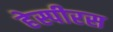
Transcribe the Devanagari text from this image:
हेस्पीरस